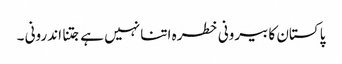
پاکستان کا بیرونی خطرہ اتنا نہیں ہے جتنا اندرونی ۔